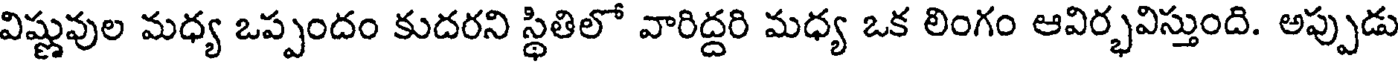
విష్ణువుల మధ్య ఒప్పందం కుదరని స్థితిలో వారిద్దరి మధ్య ఒక లింగం ఆవిర్భవిస్తుంది. అప్పుడు